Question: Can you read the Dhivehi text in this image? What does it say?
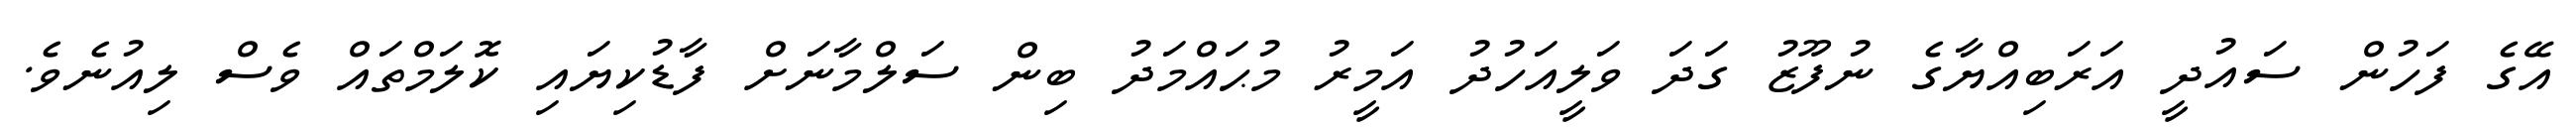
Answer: އޭގެ ފަހުން ސައުދީ އަރަބިއްޔާގެ ނުފޫޒު ގަދަ ވަލީއަހުދު އަމީރު މުޙައްމަދު ބިން ސަލްމާނަށް ފާޑުކިޔައި ކޮލަމްތައް ވެސް ލިއުނެވެ.